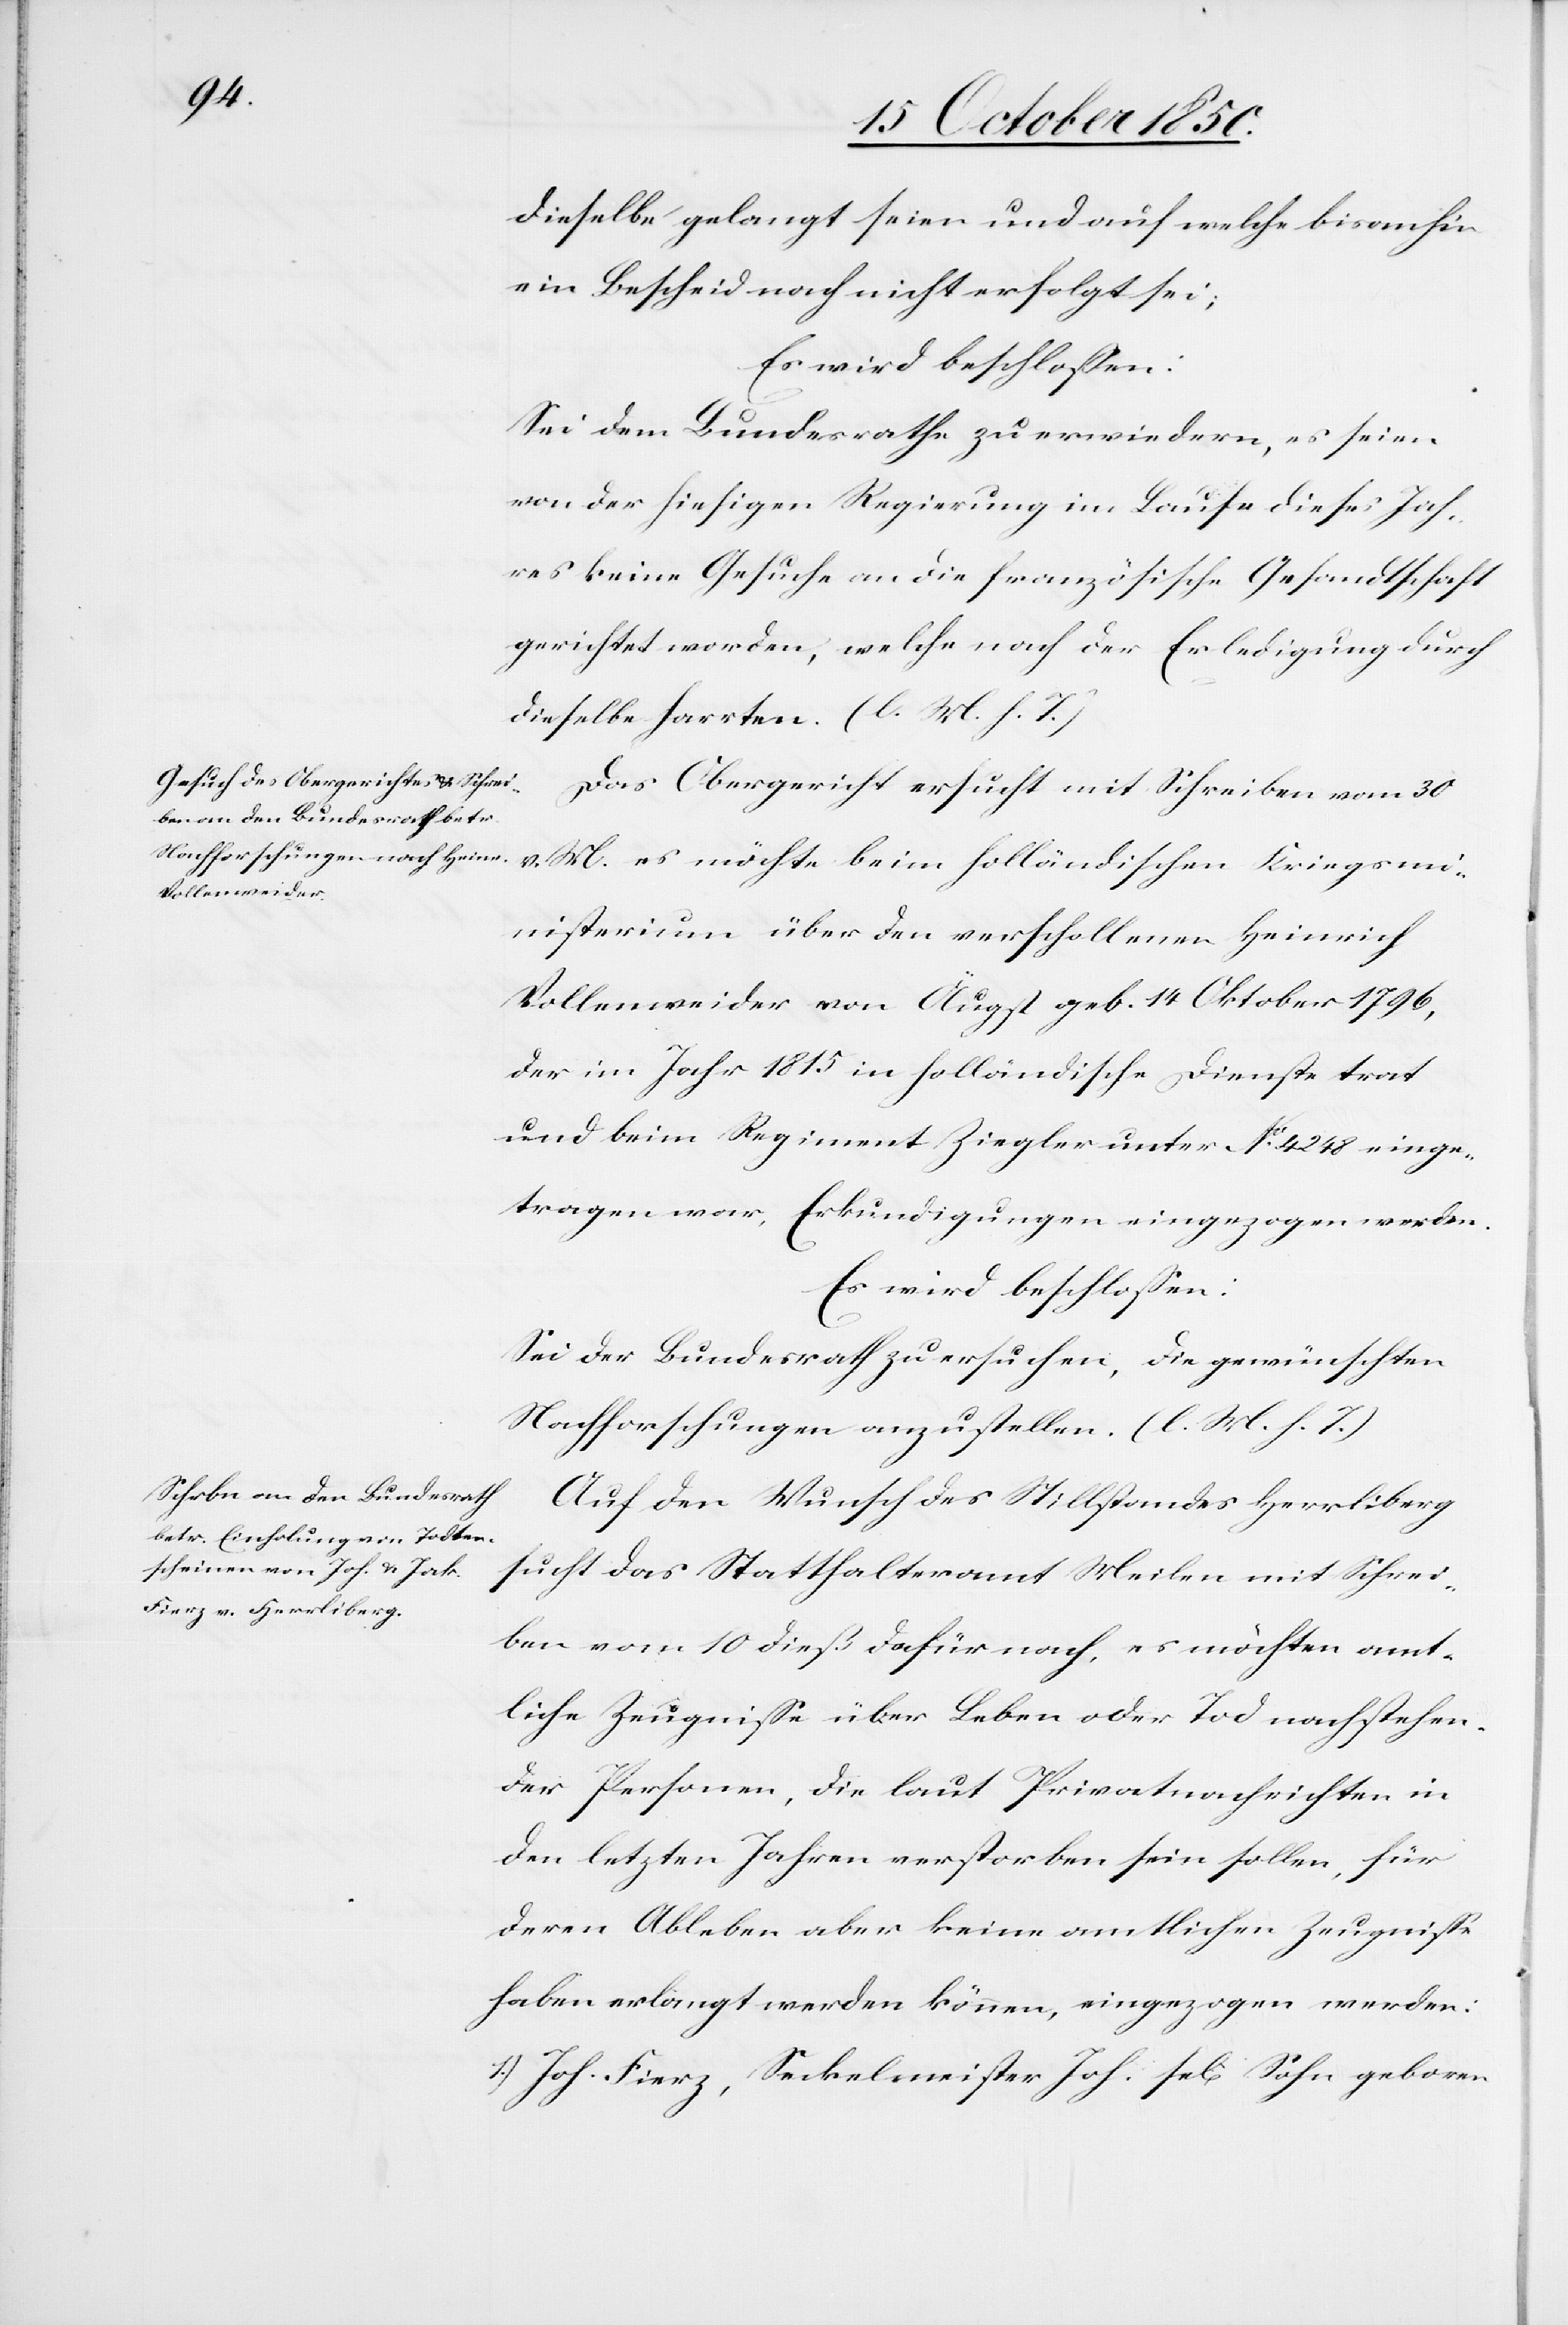
dieselbe gelangt seien und auf welche bisanhin
Es wird beschlossen:
Sei dem Bundesrathe zu erwiedern, es seien
von der hiesigen Regierung im Laufe dieses Jah¬
res keine Gesuche an die französische Gesandtschaft
gerichtet worden, welche nach [recte: noch] der Erledigung durch
dieselbe harrten. (l. M. h. T.)
Das Obergericht ersucht mit Schreiben vom 30
v. M. es möchte beim holländischen Kriegsmi¬
nisterium über den verschollenen Heinrich
Vollenweider von Äugst geb. 14 Oktober 1796,
der im Jahr 1815 in holländische Dienste trat
und beim Regiment Ziegler unter No 4248 einge¬
tragen war, Erkundigungen eingezogen werden.
Es wird beschlossen:
Sei der Bundesrath zu ersuchen, die gewünschten
Nachforschungen anzustellen. (l. M. h. T.)
Auf den Wunsch des Stillstandes Herrliberg
sucht das Statthalteramt Meilen mit Schrei¬
ben vom 10 dieß dafür nach, es möchten amt¬
liche Zeugnisse über Leben oder Tod nachstehen¬
der Personen, die laut Privatnachrichten in
den letzten Jahren verstorben sein sollen, für
deren Ableben aber keine amtlichen Zeugnisse
haben erlangt werden können, eingezogen werden:
1.) Joh. Fierz, Seckelmeister Joh. se[lig] Sohn geboren